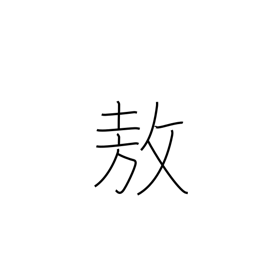
Meaning: be proud